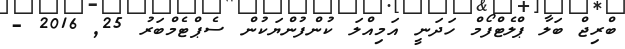
ބްރިޖް ބަލާ ޕްލެޓްފޯމް ހަދަނީ އަމިއްލަ ކުންފުންޔަކުން ސެޕްޓެމްބަރު 25